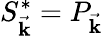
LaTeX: S_{\vec{\mathbf{k}}}^{*}=P_{\vec{\mathbf{k}}}